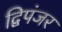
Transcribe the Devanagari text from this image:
द्विपंजर